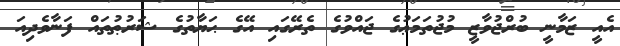
އެއީ ޒަމާނީ ބުރްޖުވާޒީ މުޖުތަމަޢުގެ ޖައްވުގެ ތެރޭގައި އޭގެ ޙަޔާތުގެ ޝަރުޠުތައް ފަނާވެދިއަ